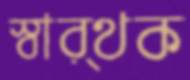
স্বার্থক